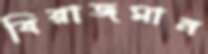
বিরাজমান